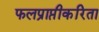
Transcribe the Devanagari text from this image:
फलप्राप्तीकरिता